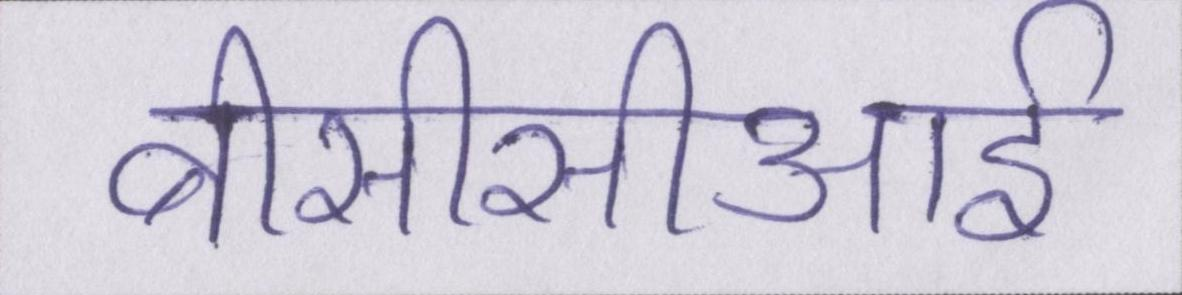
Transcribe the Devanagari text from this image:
बीसीसीआई